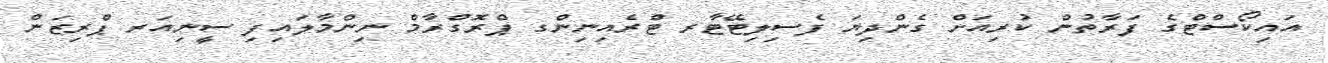
އައިކޯސްޓްގެ ފަރާތުން ކުރިއަށް ގެންދިޔަ ފެސިލިޓޭޓާރ ޓްރެއިނިންގ ޕްރޮގްރާމް ނިންމާލައިފި ސީނިއަރ ޕްރިޒަން